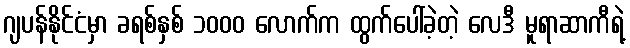
ဂျပန်နိုင်ငံမှာ ခရစ်နှစ် ၁၀၀၀ လောက်က ထွက်ပေါ်ခဲ့တဲ့ လေဒီ မူရာဆာကီရဲ့